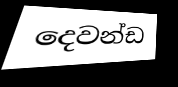
දෙවන්ඩ